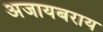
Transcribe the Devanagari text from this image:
अजायबराय